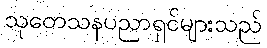
သုတေသနပညာရှင်များသည်